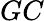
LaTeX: GC